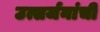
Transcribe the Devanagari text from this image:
उत्सर्जनांची